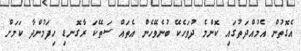
އެގޮތުން އެމުއްދަތުގައި ކޮންމެ ދުވަހެކޭ ބުނެވޭހެން އެތައް ސަތޭކަ ރާގޮނޑި ހިފަމުންދާ ކަމަށް